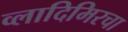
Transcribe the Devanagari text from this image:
व्लादिमिरचा